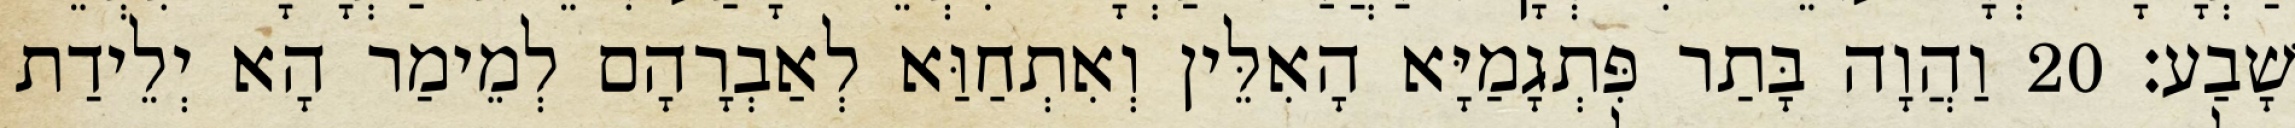
שָׁבַע׃ 20 וַהֲוָה בָּתַר פִּתְגָמַיָּא הָאִלֵּין וְאִתְחַוַּא לְאַבְרָהָם לְמֵימַר הָא יְלֵידַת